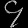
Digit: ၄